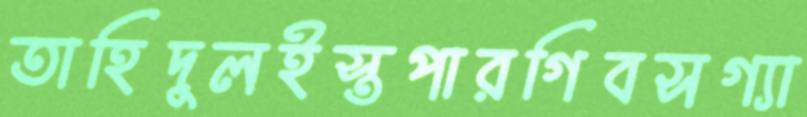
তাহিদুলইস্তপারগিবসগ্যা